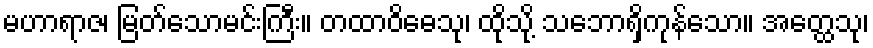
မဟာရာဇ၊ မြတ်သောမင်းကြီး။ တထာဝိဓေသု၊ ထိုသို့ သဘောရှိကုန်သော။ အတ္ထေသု၊